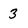
Character: 3